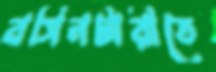
বসিনটারীতে